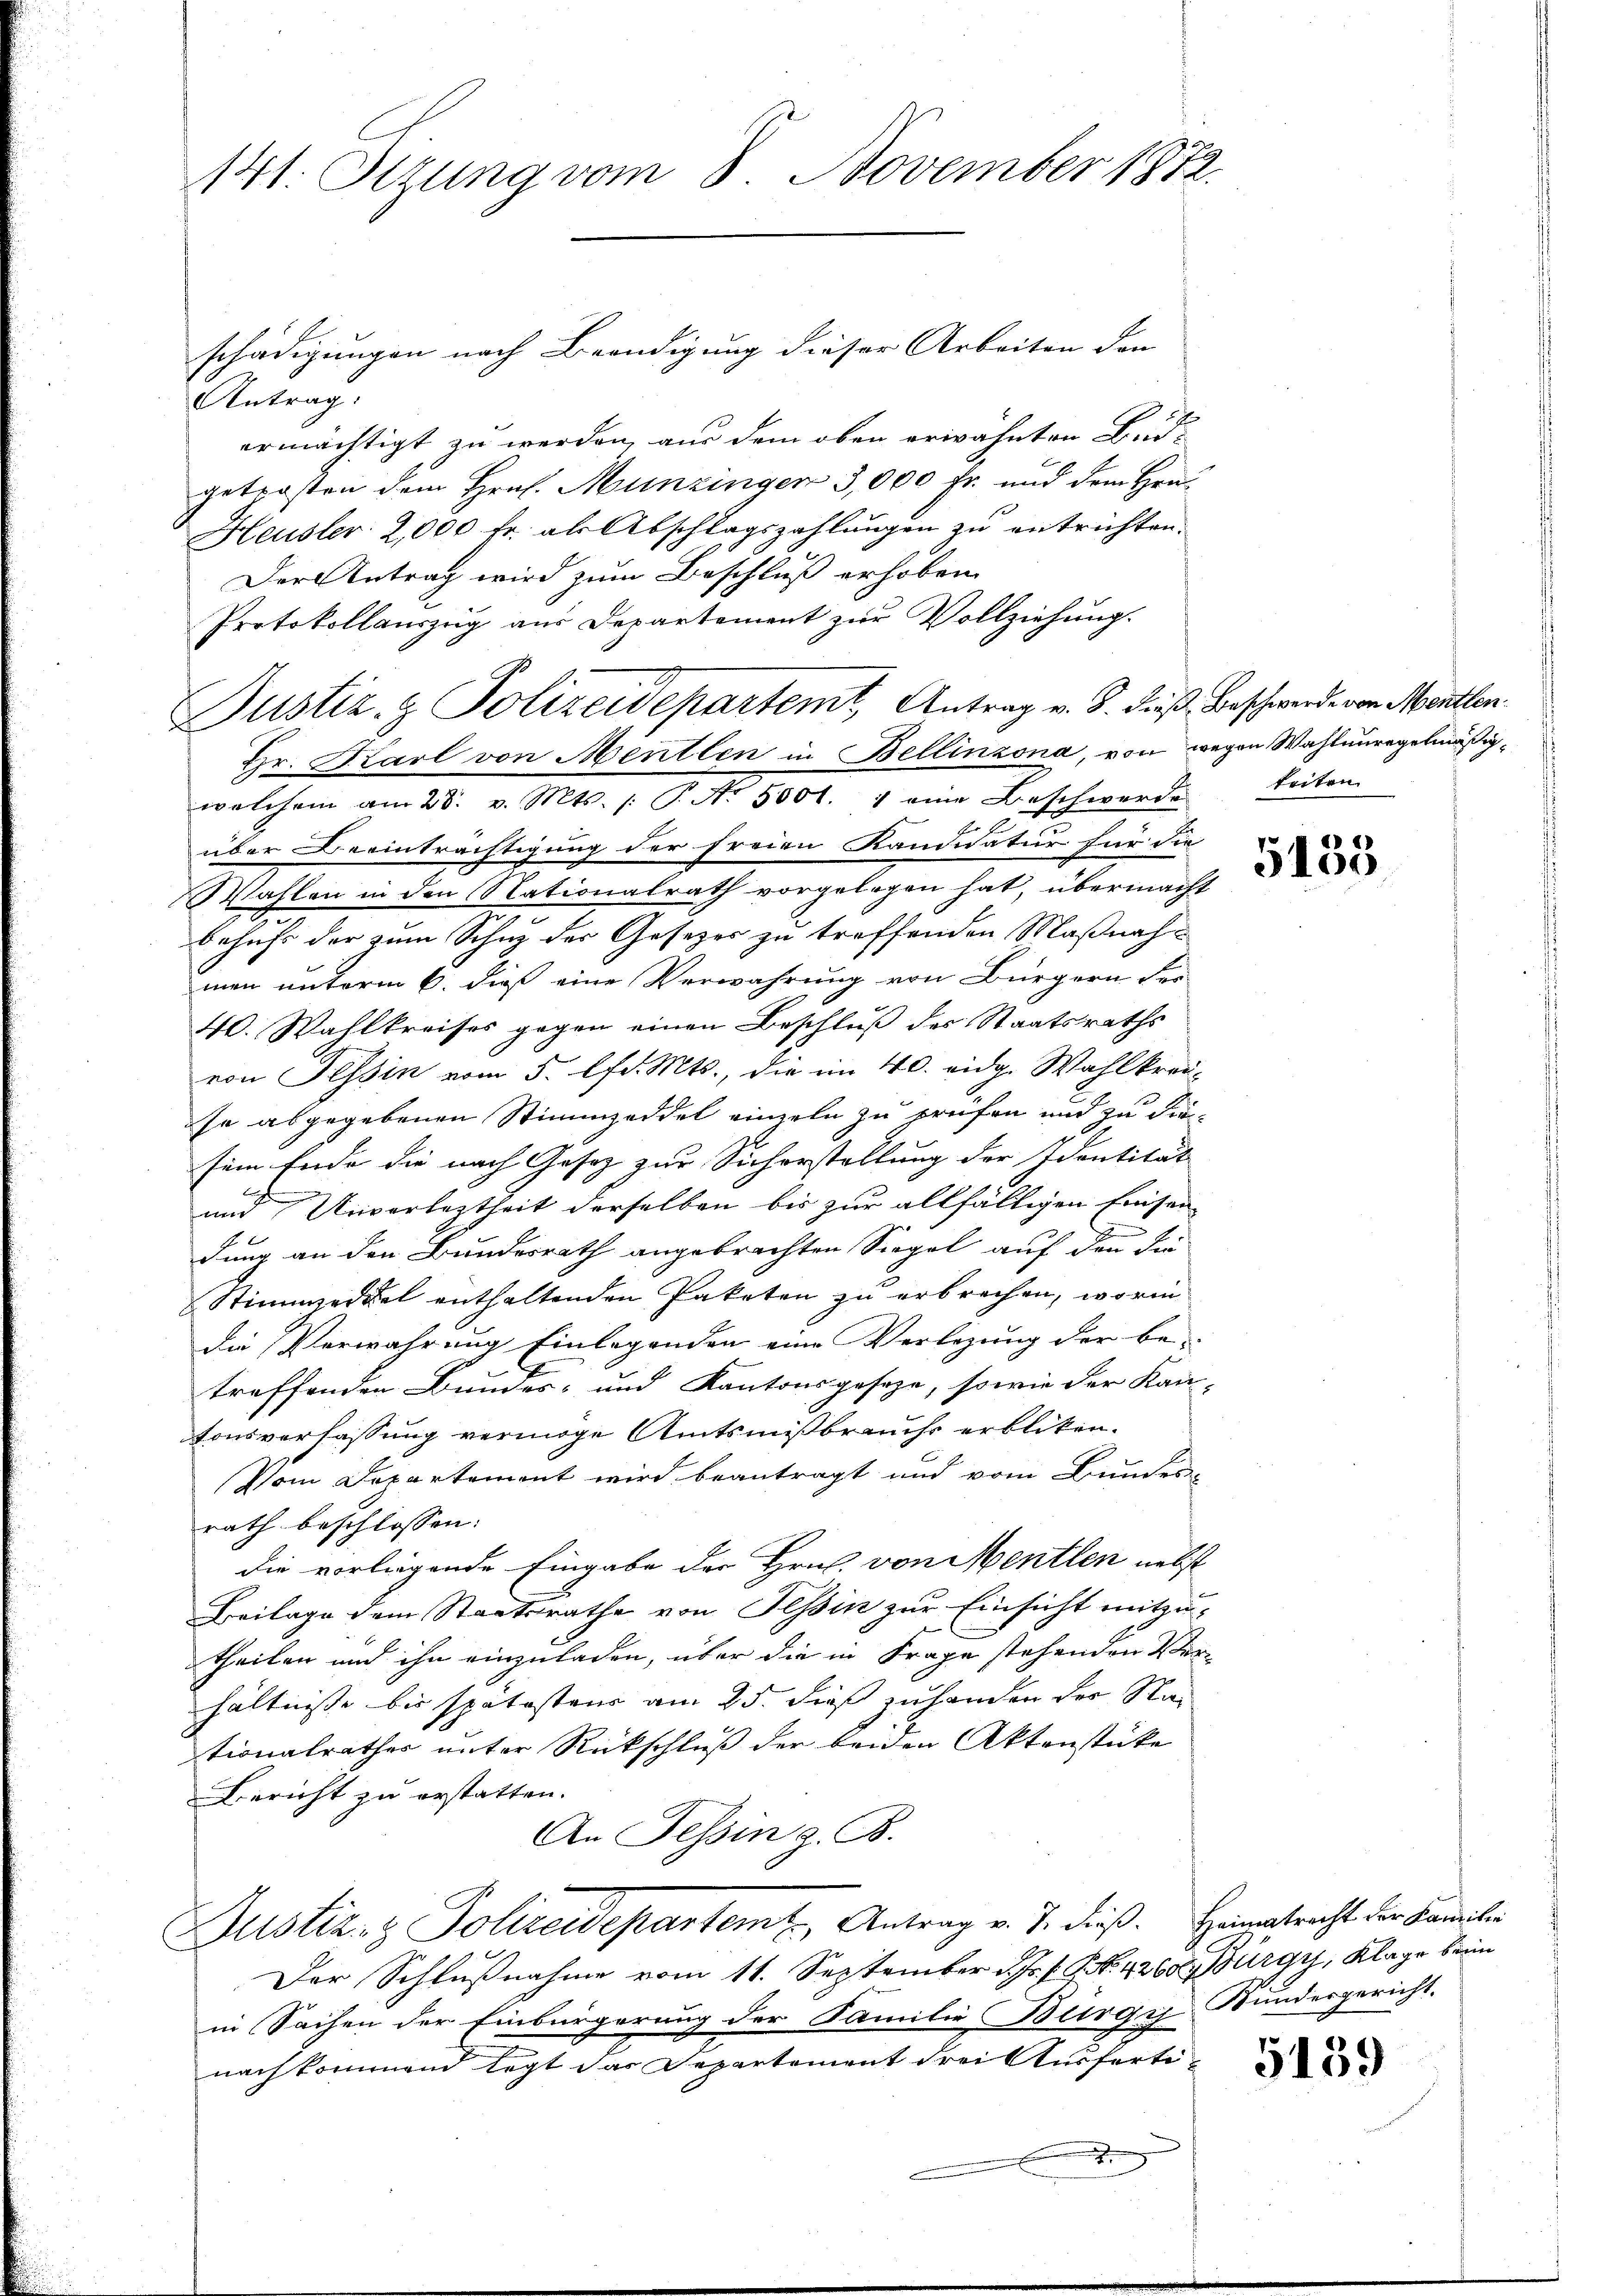
141. Setzung vom 8. November 1872.

schädigungen nach Beendigung dieser Arbeiten den
Antrag:
ermächtigt zu werden, aus dem oben erwähnten Bud-
getroffen dem Hrn. Munzingen 3,000 Fr. und dem Hrn.
Heusler 2,000 fr. als Abschlagszahlungen zu entrichten.
Der Antrag wird zum Beschluß erhoben
Protokollauszug aus Departement zur Vollziehung.
Justiz- & Polizeidepartemt, Antrag v. 3. dieß Beschwerde von Menten.
Hr. Karl von Mentlen in Bellinzona, von wegen Wahlunregelmäßigwelchem am 28. v. Mts. /: P. Nr. 5001. 4 eine Beschwerde beiten.
über Beeinträchtigung der freien Kandidatur für die
Wahlen in den Nationalrath vorgelegen hat, übermacht
behufs der zum Schuz der Gesetzes zu treffenden Maßnahmen unterm 6. dieß eine Verwahrung von Bürgern der
40. Wahlkreises gegen einen Beschluß des Staatsraths
von Tessin vom 5. lfd. Mts., die im 40. eidg. Wahlkreise abgegebenen Stimmzeddel einzeln zu prüfen und zu die
sein Ende die nach Gesez zur Sicherstellung der Identität
und Unverleztheit derselben bis zur allfälligen Einsen-
A.
dung an den Bundesrath angebrachten Siegel auf den die
Stimmzeddel enthaltenden Paketen zu erbrechen, worin
die Verwahrung Einlegenden eine Verlegung der be-
treffenden Bundes- und Kantonsgeseze, sowie der Kan-
tonsverfassung vermöge Amtsmißbrauchs erbliken.
Vom Departement wird beantragt und vom Bundes-
rath beschlossen:
die vorliegende Eingabe der Hrn. von Mentlen nebst
Beilage dem Staatsrathe von Tessin zur Einsicht mitzu-
theilen und ihn einzuladen, über die in Frage stehenden Ver-
hältnisse bis spätestens am 25. dieß zu handen der Stan
tionalrathes unter Rückschluß der beiden Aktenstücke
Bericht zu erstatten.
An Tessin z. B.
Justiz- & Polizeidepartem Antrag v. J. dieß. Heimatricht der Familie
Der Schlußnahme vom 11. September d. Js. f. J. N. 4200. Bürgy, Klage beim
in Sachen der Einbürgerung der Familie Bürgy Bundesgericht.
nach kommend legt das Departement drei Ausferti¬
.
x

5158

5139